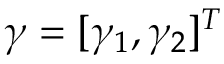
\boldsymbol { \gamma } = [ \gamma _ { 1 } , \gamma _ { 2 } ] ^ { T }